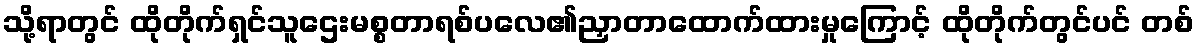
သို့ရာတွင် ထိုတိုက်ရှင်သူဌေးမစ္စတာရစ်ပလေ၏ညှာတာထောက်ထားမှုကြောင့် ထိုတိုက်တွင်ပင် တစ်